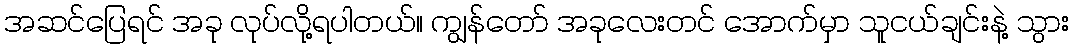
အဆင်ပြေရင် အခု လုပ်လို့ရပါတယ်။ ကျွန်တော် အခုလေးတင် အောက်မှာ သူငယ်ချင်းနဲ့ သွား